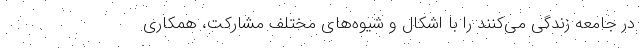
در جامعه زندگی می‌کنند را با اشکال و شیوه‌های مختلف مشارکت، همکاری